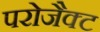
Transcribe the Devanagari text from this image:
परोजैक्ट